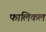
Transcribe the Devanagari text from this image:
फालिकल